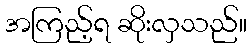
အကြည့်ရ ဆိုးလှသည်။